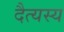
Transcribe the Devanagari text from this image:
दैत्यस्य